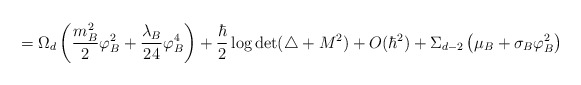
\begin{align*}=\Omega _d\left({m_B^2 \over 2}\varphi _B ^2 +{\lambda _B \over 24} \varphi _B^4\right)+{\hbar \over 2}\log\det (\triangle +M^2)+O(\hbar ^2)+\Sigma_{d-2}\left(\mu _B+\sigma _B \varphi _B^2 \right)\end{align*}